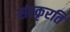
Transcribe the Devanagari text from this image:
संस्कृरति